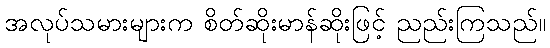
အလုပ်သမားများက စိတ်ဆိုးမာန်ဆိုးဖြင့် ညည်းကြသည်။